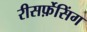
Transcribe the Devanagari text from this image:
रीसर्फ़ेसिंग